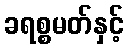
ခရစ္စမတ်နှင့်